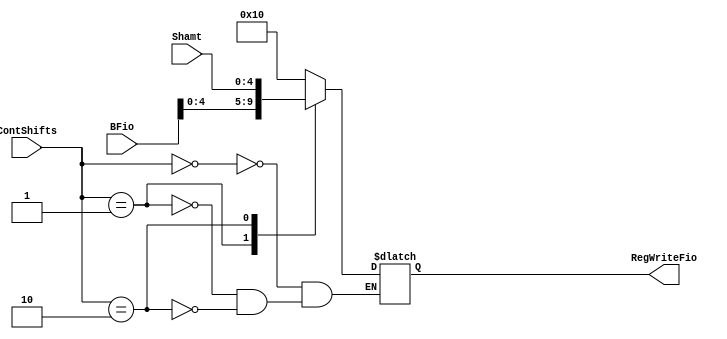
module MuxRegDesl( input wire [1:0] ContShifts, input wire [4:0] Shamt, input wire [31:0] BFio, output reg [4:0] RegWriteFio);
	
	
	always begin 
	
		case(ContShifts)
			
			2'b00:
			begin
				RegWriteFio <= 5'b10000;
			
			end	
		
			2'b01:
			begin
				RegWriteFio <= BFio[4:0];
			
			end
		
			2'b10:
			begin
				RegWriteFio <= Shamt;
			
			end
		
		endcase

	end
		

endmodule